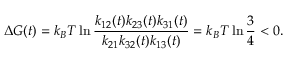
\Delta G ( t ) = k _ { B } T \ln \frac { k _ { 1 2 } ( t ) k _ { 2 3 } ( t ) k _ { 3 1 } ( t ) } { k _ { 2 1 } k _ { 3 2 } ( t ) k _ { 1 3 } ( t ) } = k _ { B } T \ln \frac { 3 } { 4 } < 0 .